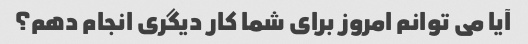
آیا می توانم امروز برای شما کار دیگری انجام دهم؟